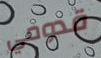
قدومي